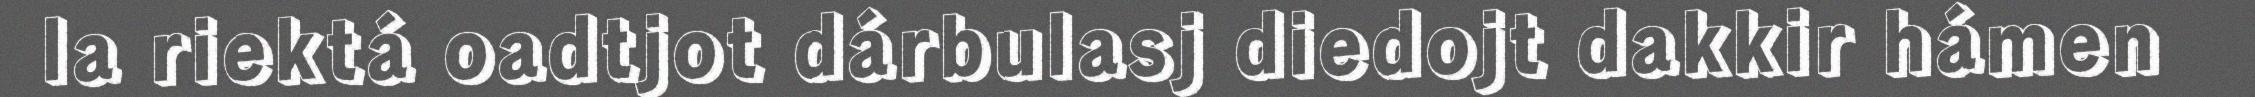
la riektá oadtjot dárbulasj diedojt dakkir hámen